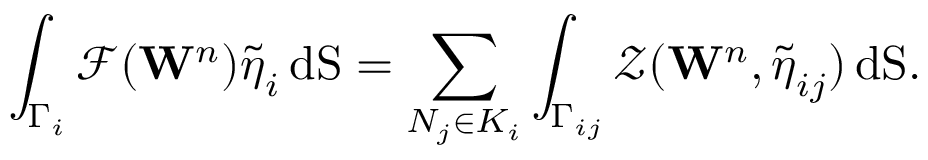
\int _ { \Gamma _ { i } } \mathbf { \mathcal { F } } ( \mathbf { W } ^ { n } ) \boldsymbol { \widetilde { \eta } } _ { i } \, \mathrm { d S } = \displaystyle \sum _ { N _ { j } \in { \cal K } _ { i } } \displaystyle \int _ { \Gamma _ { i j } } { \mathcal { Z } } ( \mathbf { W } ^ { n } , { \boldsymbol { \tilde { \eta } } } _ { i j } ) \, \mathrm { d S } .